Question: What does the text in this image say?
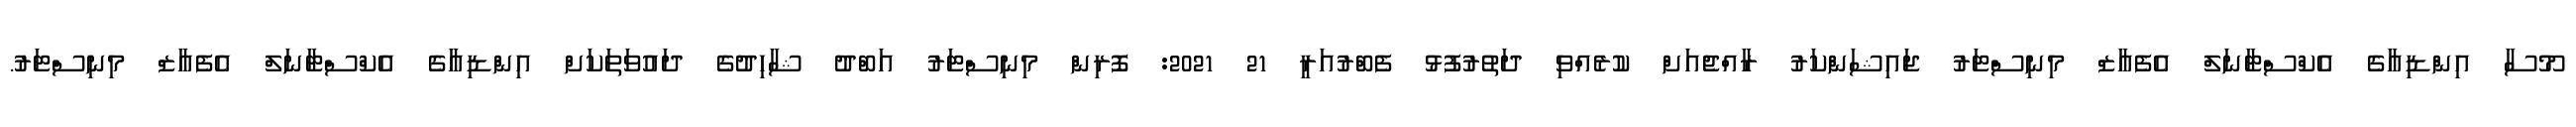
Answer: މޫސާ އިންޑިއާގެ އެކްސްޓާނަލް އެފެއާޒް މިނިސްޓަރު ޖައިޝަންކަރު ރާއްޖެއަށް ކުރެއްވި ދަތުރުފުޅު ފެބްރުއަރީ 21 2021: ފޮރިން މިނިސްޓަރު އަބްދު ޝާހިދުގެ ދައުވަތަކަށް އިންޑިއާގެ އެކްސްޓާނަލް އެފެއާޒް މިނިސްޓަރު.